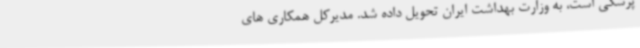
پزشکی است، به وزارت بهداشت ایران تحویل داده شد. مدیرکل همکاری ‌های